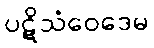
ပဋိသံဝေဒေမ